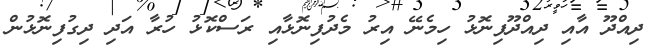
ދިއްދޫ އާއި ދިއްދޫފިނޮޅު ހިމެނޭ އިރު މެދުފިނޮޅާއި ރަސްކޮޅު ހުރާ އަދި ދިގުފިނޮޅުން